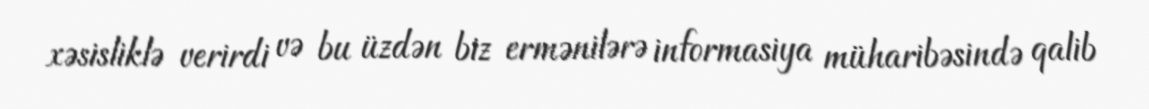
xəsisliklə verirdi və bu üzdən biz ermənilərə informasiya müharibəsində qalib